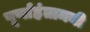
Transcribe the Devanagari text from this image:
पूर्णाहंतामयी